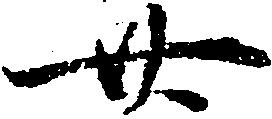
廿